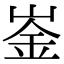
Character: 崟